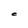
Character: C